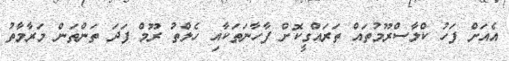
އެއަށް ފަހު ކްލާސްރޫމުތައް ތަރައްގީކޮށް ފާހާނަތަކާއި ހެލްތު ރޫމް ފަދަ ތަންތަން މަރާމާތު